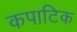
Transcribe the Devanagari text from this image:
कपाटिक